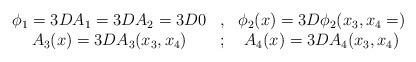
LaTeX: \begin{align*}\begin{array}{ccc} \phi_1=3DA_1=3DA_2=3D0 & ,& \phi_2(x)=3D\phi_2(x_3,x_4=) \\ A_3(x)=3DA_3(x_3,x_4) &; & A_4(x)=3DA_4(x_3,x_4) \end{array}\end{align*}